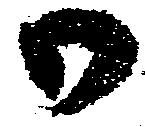
御